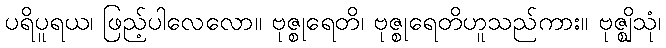
ပရိပူရယ၊ ဖြည့်ပါလေလော။ ဗုဇ္စုရေတိ၊ ဗုဇ္စုရေတိဟူသည်ကား။ ဗုဇ္ဈိသုံ၊